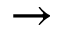
\to